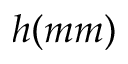
h ( m m )